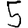
Digit: 5